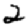
Digit: 2